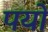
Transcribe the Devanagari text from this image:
पयो